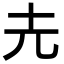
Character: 圥